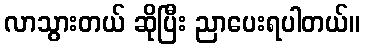
လာသွားတယ် ဆိုပြီး ညာပေးရပါတယ်။